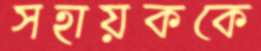
সহায়ককে